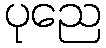
ပုညေ